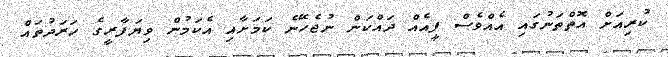
ކުރިއަށް އޮތްތަނުގައި އެއްވެސް ފީއެއް ދައްކަން ނުޖެހޭނެ ކަމަށާއި އެކަމުން ވިޔަފާރީގެ ހަރަދުތައް